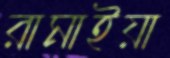
রামাইয়া